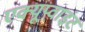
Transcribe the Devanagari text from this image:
एक्यूप्वाइंट